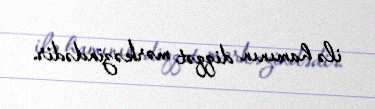
ilə hamının diqqət mərkəzindədir.